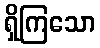
ရှိကြသော